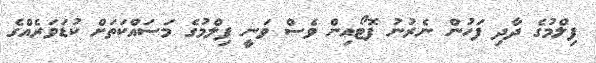
ފިލްމުގެ ދާދި ފަހުން ނެރުނު ފޮޓޯއިން ވެސް ވަނީ ފިލްމުގެ މަސައްކަތަށް ކުޑަވަރެއްގެ